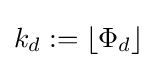
k_{d}:=\lfloor \Phi _{d}\rfloor